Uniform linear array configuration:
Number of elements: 16
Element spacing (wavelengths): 0.25
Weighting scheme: hann
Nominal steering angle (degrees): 30
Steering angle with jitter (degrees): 28.973
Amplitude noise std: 0.05
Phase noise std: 0.05

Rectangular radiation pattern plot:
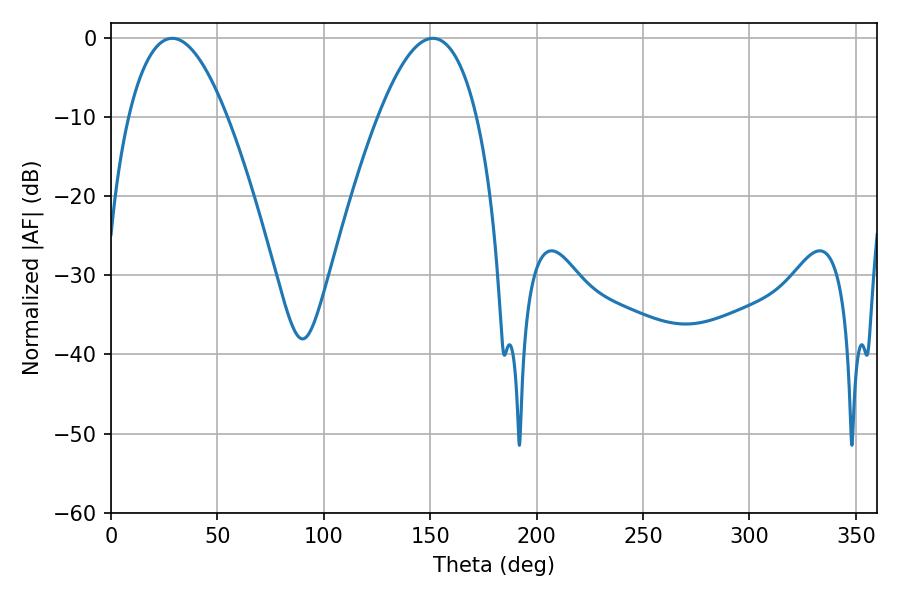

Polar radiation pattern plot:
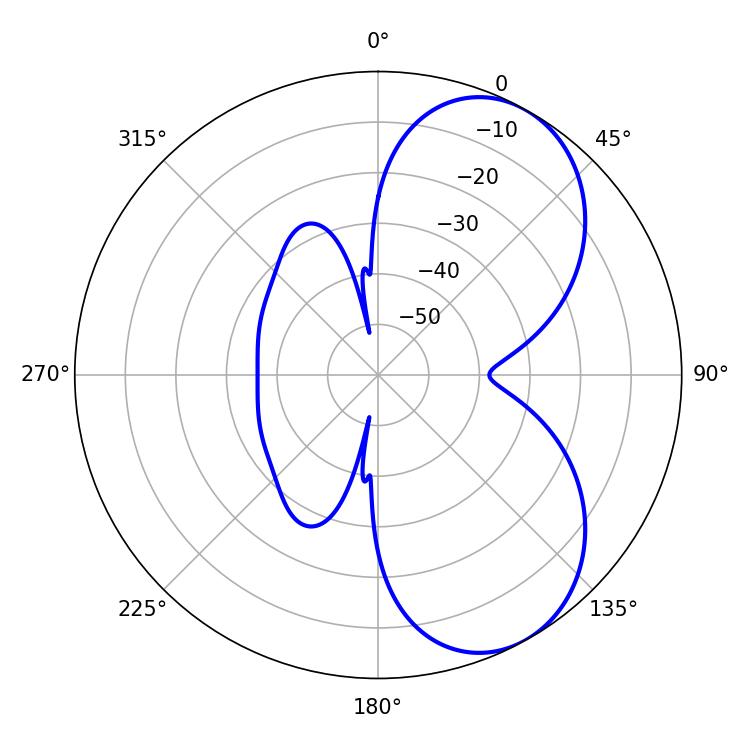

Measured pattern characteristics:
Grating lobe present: FALSE
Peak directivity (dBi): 6.257
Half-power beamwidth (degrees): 25.38
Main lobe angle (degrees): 28.8